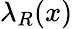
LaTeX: \lambda_{R}(x)